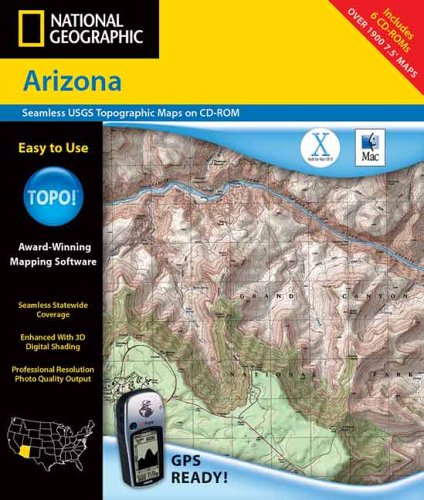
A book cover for TOPO! Arizona; Travel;